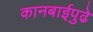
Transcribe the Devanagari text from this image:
कानबाईपुढे